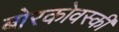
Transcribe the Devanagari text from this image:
बोरकोवस्की